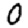
Digit: 0